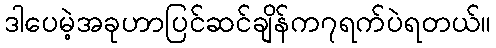
ဒါပေမဲ့အခုဟာပြင်ဆင်ချိန်က၇ရက်ပဲရတယ်။